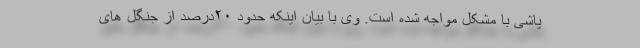
پاشی با مشکل مواجه شده است. وی با بیان اینکه حدود ۲۰درصد از جنگل های